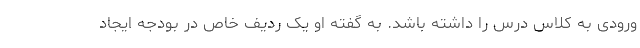
ورودی به کلاس درس را داشته باشد. به گفته او یک ردیف خاص در بودجه ایجاد